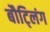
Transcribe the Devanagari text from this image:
बौट्लिंग